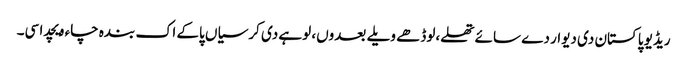
ریڈیو پاکستان دی دیوار دے سائے تھلے،لوڈھے ویلے بعدوں، لوہے دی کرسیاں پاکے اک بندہ چاء ویچدا سی۔